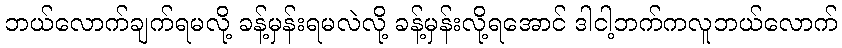
ဘယ်လောက်ချက်ရမလို့ ခန့်မှန်းရမလဲလို့ ခန့်မှန်းလို့ရအောင် ဒါငါ့ဘက်ကလူဘယ်လောက်